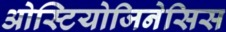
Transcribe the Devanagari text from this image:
ओस्टियोजिनेसिस